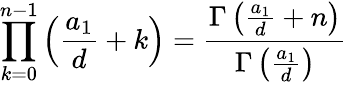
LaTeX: \prod_{k=0}^{n-1}\left({\frac{a_{1}}{d}}+k\right)={\frac{\Gamma\left({\frac{a_{1}}{d}}+n\right)}{\Gamma\left({\frac{a_{1}}{d}}\right)}}